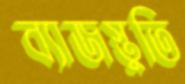
ব্যাজস্তুতি